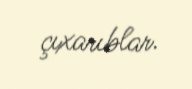
çıxarıblar.